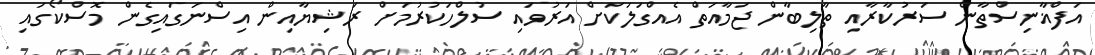
އަފްޣާނިސްތާން ސަރުކާރާއި ތާލިބާން ޖަމާއަތް އެއްގަލަކަށް އަރުވައި ސުލްހަކުރުމަށް ރަޝިޔާއިން އިސްނަގައިގެން މޮސްކޯގައި